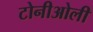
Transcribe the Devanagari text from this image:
टोनीओली